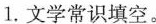
1.文学常识填空。